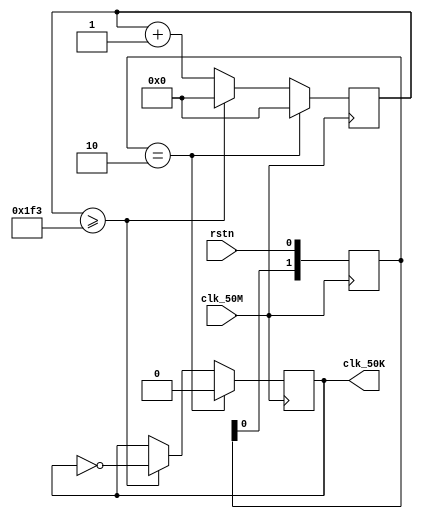
module Clk50K(
    input clk_50M,
    input rstn,
    output reg clk_50K
);

reg [1:0] rstn_buf;
reg [9:0] count_50K;

// rstn_buf
always @(posedge clk_50M) begin
    rstn_buf <= {rstn_buf[0], rstn};
end

// count_50K
always @(posedge clk_50M) begin
    if(rstn_buf == 2'b10) begin
        count_50K <= 0;
    end else if(count_50K >= 499) begin
        count_50K <= 0;
    end else begin
        count_50K <= count_50K + 10'd1;
    end
end

// clk_50K
always @(posedge clk_50M) begin
    if(rstn_buf == 2'b10) begin
        clk_50K <= 1'b0;
    end else if(count_50K >= 499) begin
        clk_50K <= ~clk_50K;
    end else begin
        clk_50K <= clk_50K;
    end
end

endmodule